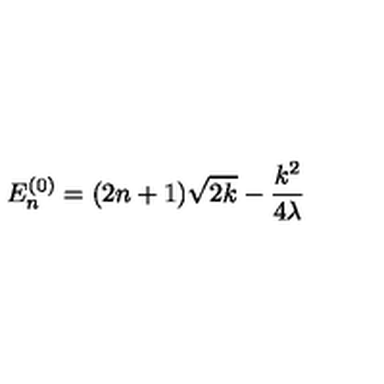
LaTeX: E _ { n } ^ { ( 0 ) } = ( 2 n + 1 ) \sqrt { 2 k } - \frac { k ^ { 2 } } { 4 \lambda }